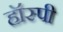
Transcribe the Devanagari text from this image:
हॉस्पी